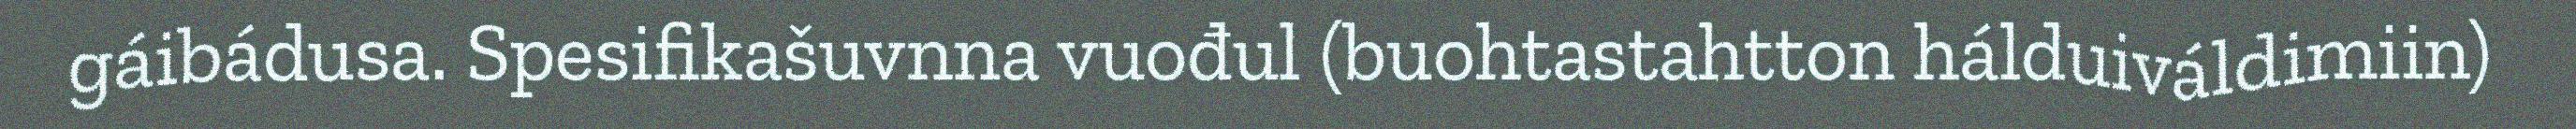
gáibádusa. Spesifikašuvnna vuođul (buohtastahtton hálduiváldimiin)